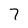
Character: 7